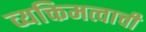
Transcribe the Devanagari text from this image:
व्यक्तिमत्वाची